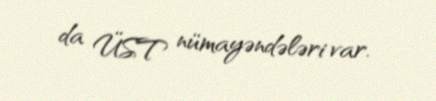
da ÜST nümayəndələri var.